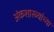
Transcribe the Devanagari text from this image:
अंकशास्त्र्यांच्या